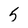
Character: 5